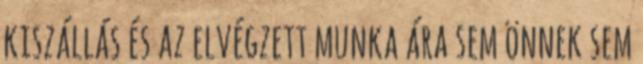
kiszállás és az elvégzett munka ára sem önnek sem